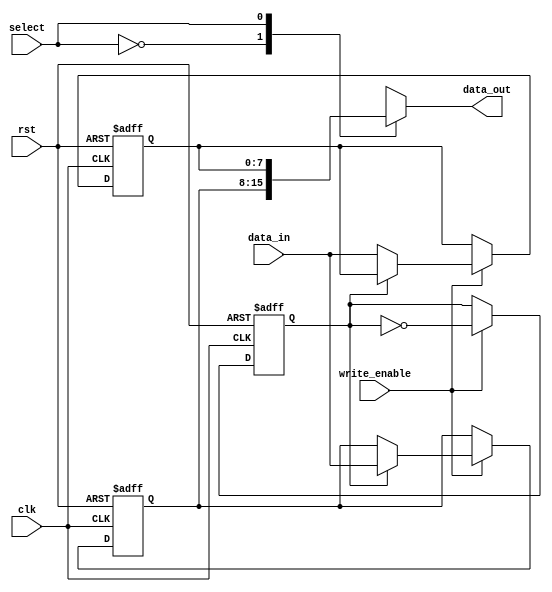
module double_buffer_register (
    input wire clk,               // Clock input
    input wire rst,               // Asynchronous reset
    input wire write_enable,      // Write enable signal
    input wire [7:0] data_in,     // Input data bus (8 bits)
    input wire select,            // Control signal to select buffer
    output reg [7:0] data_out     // Output data bus (8 bits)
);

    reg [7:0] buffer0;           // First buffer register
    reg [7:0] buffer1;           // Second buffer register
    reg current_buffer;          // Control signal to track the active buffer

    // Asynchronous reset and data loading
    always @(posedge clk or posedge rst) begin
        if (rst) begin
            // Reset both buffers to zero
            buffer0 <= 8'b0;
            buffer1 <= 8'b0;
            current_buffer <= 1'b0; // Start with buffer0
        end else begin
            if (write_enable) begin
                // Write data to the inactive buffer
                if (current_buffer) begin
                    buffer0 <= data_in; // Load data into buffer0 if current_buffer is 1
                end else begin
                    buffer1 <= data_in; // Load data into buffer1 if current_buffer is 0
                end
                // Toggle the active buffer
                current_buffer <= ~current_buffer;
            end
        end
    end

    // Output logic based on the selected buffer
    always @(*) begin
        case(select)
            1'b0: data_out = buffer0; // Output from buffer0
            1'b1: data_out = buffer1; // Output from buffer1
            default: data_out = 8'b0;  // Default case (should not occur)
        endcase
    end

endmodule